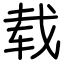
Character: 载